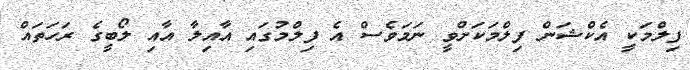
ފިލްމަކީ އެކްޝަން ފިލްމަކަށްވީ ނަމަވެސް އެ ފިލްމުގައި އާއިލާ އާއި ލޯބީގެ ރަހަތައް